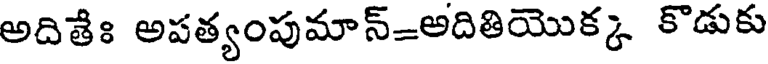
అదితేః అపత్యంపుమాన్=అదితియొక్క కొడుకు